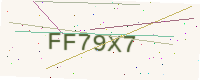
Text: FF79X7